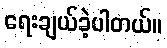
ရေးချယ်ခဲ့ပါတယ်။